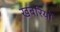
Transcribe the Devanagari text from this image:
खबरियों